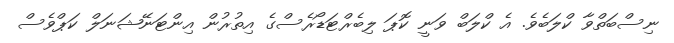
ނިސްބަތްވާ ކްލަބެވެ. އެ ކްލަބް ވަނީ ކޮޕަ ލިބެރްޓަޑޯރެސްގެ އިތުރުން އިންޓަނޭޝަނަލް ކަޕްވެސް